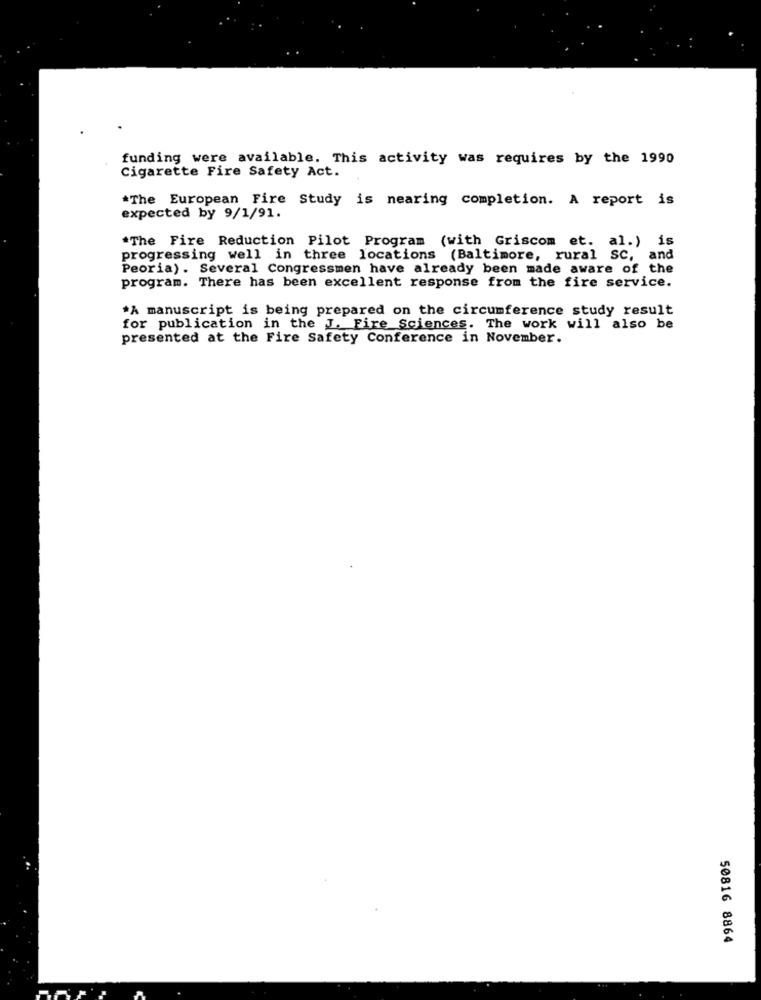
funding were available. This activity was requires by the 1990
Cigarette Fire Safety Act.
*The European Fire Study is nearing completion. A report is
expected by 9/1/91.
*The Fire Reduction Pilot Program (with Griscom et. al.) is
progressing well in three locations (Baltimore, rural SC, and
Peoria). Several Congressmen have already been made aware of the
program. There has been excellent response from the fire service.
*A manuscript is being prepared on the circumference study result
for publication in the J. Fire Sciences. The work will also be
presented at the Fire Safety Conference in November.
50816 8864